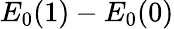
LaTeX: E_{0}(1)-E_{0}(0)